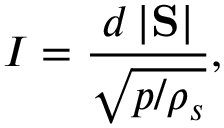
I = \frac { d \, | \mathrm { \bf S } | } { \sqrt { p / \rho _ { s } } } ,